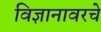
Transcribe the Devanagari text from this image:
विज्ञानावरचे